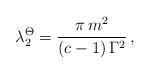
LaTeX: \begin{align*}\lambda_2^\Theta = \frac{\pi \,m^2}{(c-1) \, \Gamma^2} \, ,\end{align*}